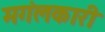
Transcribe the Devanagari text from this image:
मगंलकारी